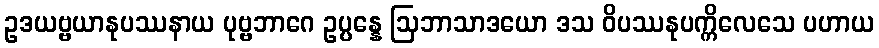
ဥဒယဗ္ဗယာနုပဿနာယ ပုဗ္ဗဘာဂေ ဥပ္ပန္နေ ဩဘာသာဒယော ဒသ ဝိပဿနုပက္ကိလေသေ ပဟာယ